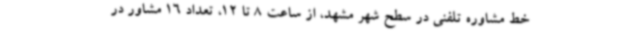
خط مشاوره تلفنی در سطح شهر مشهد، از ساعت 8 تا 12، تعداد 16 مشاور در